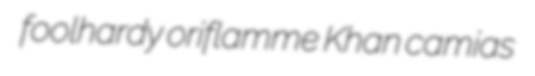
foolhardy oriflamme Khan camias